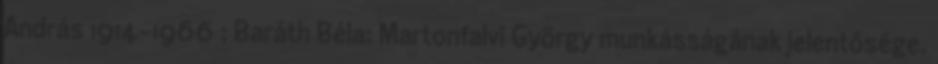
András 1914-1966 ; Baráth Béla: Martonfalvi György munkásságának jelentősége.